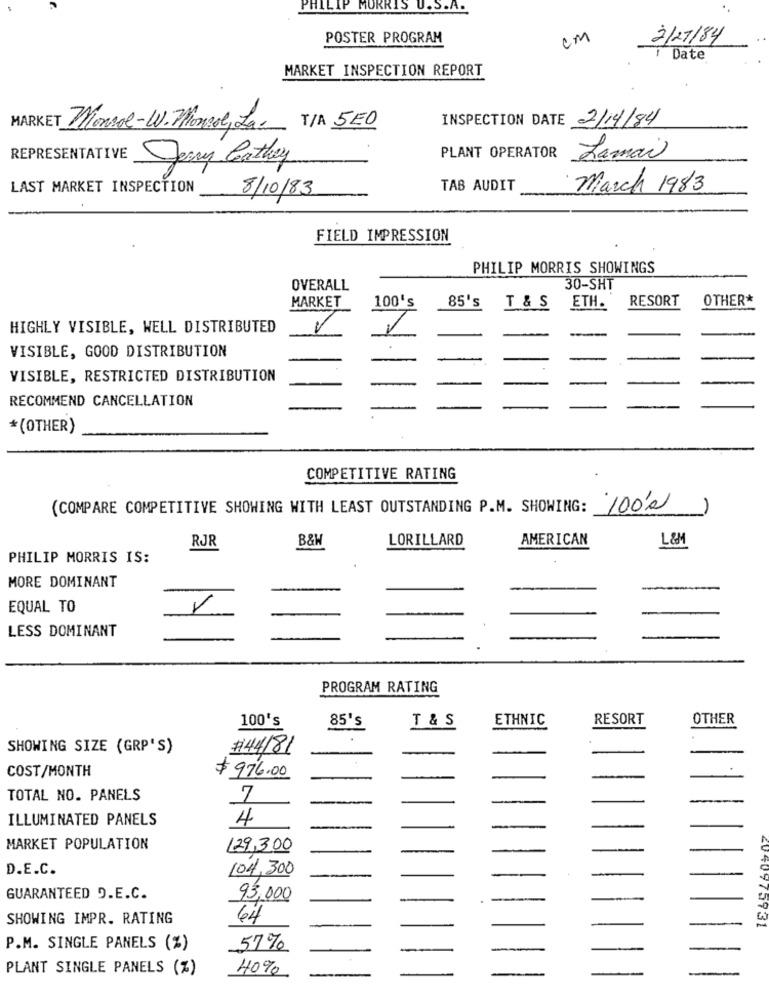
PHILIP MORRIS U.S.A.
POSTER PROGRAM
cm
2/27/84
I Date
MARKET INSPECTION REPORT
INSPECTION DATE 2/14/84
MARKET Monroe-W. Monsol, La. T/A 5ED
REPRESENTATIVE
PLANT OPERATOR
Lamai
Jerry Cathey
LAST MARKET INSPECTION
TAB AUDIT
March 1983
8/10/83
FIELD IMPRESSION
PHILIP MORRIS SHOWINGS
OVERALL
30-SHT
85's
RESORT
OTHER*
MARKET
100's
T & S
ETH.
HIGHLY VISIBLE, WELL DISTRIBUTED
VISIBLE, GOOD DISTRIBUTION
VISIBLE, RESTRICTED DISTRIBUTION
RECOMMEND CANCELLATION
*(OTHER)
COMPETITIVE RATING
(COMPARE COMPETITIVE SHOWING WITH LEAST OUTSTANDING P.M. SHOWING:
100,00
-
RJR
B&W
LORILLARD
AMERICAN
L&M
PHILIP MORRIS IS:
MORE DOMINANT
EQUAL TO
LESS DOMINANT
PROGRAM RATING
100's
85's
T & S
ETHNIC
RESORT
OTHER
SHOWING SIZE (GRP'S)
#44/81
COST/MONTH
$ 976.00
TOTAL NO. PANELS
7
-
---
ILLUMINATED PANELS
4
MARKET POPULATION
129,300
-
D.E.C.
104,300
-
GUARANTEED D.E.C.
93,000
SHOWING IMPR. RATING
64
4040775731
P.M. SINGLE PANELS (%)
57%
PLANT SINGLE PANELS (%)
40%